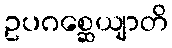
ဥပဂစ္ဆေယျာတိ